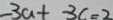
- 3 a - 3 c = 2